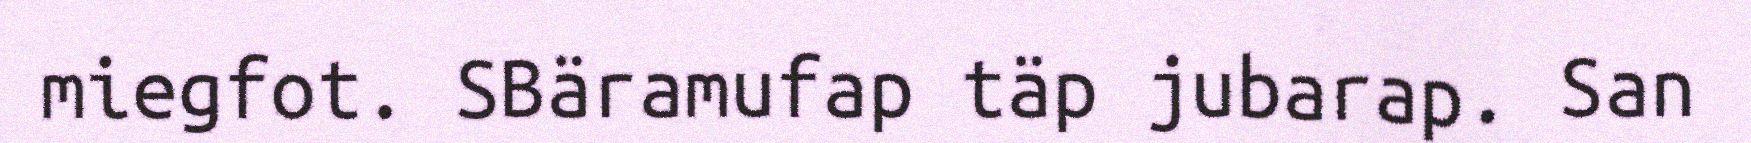
miegfot. SBäramufap täp jubarap. San